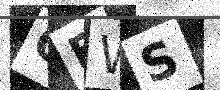
Text: QEWS